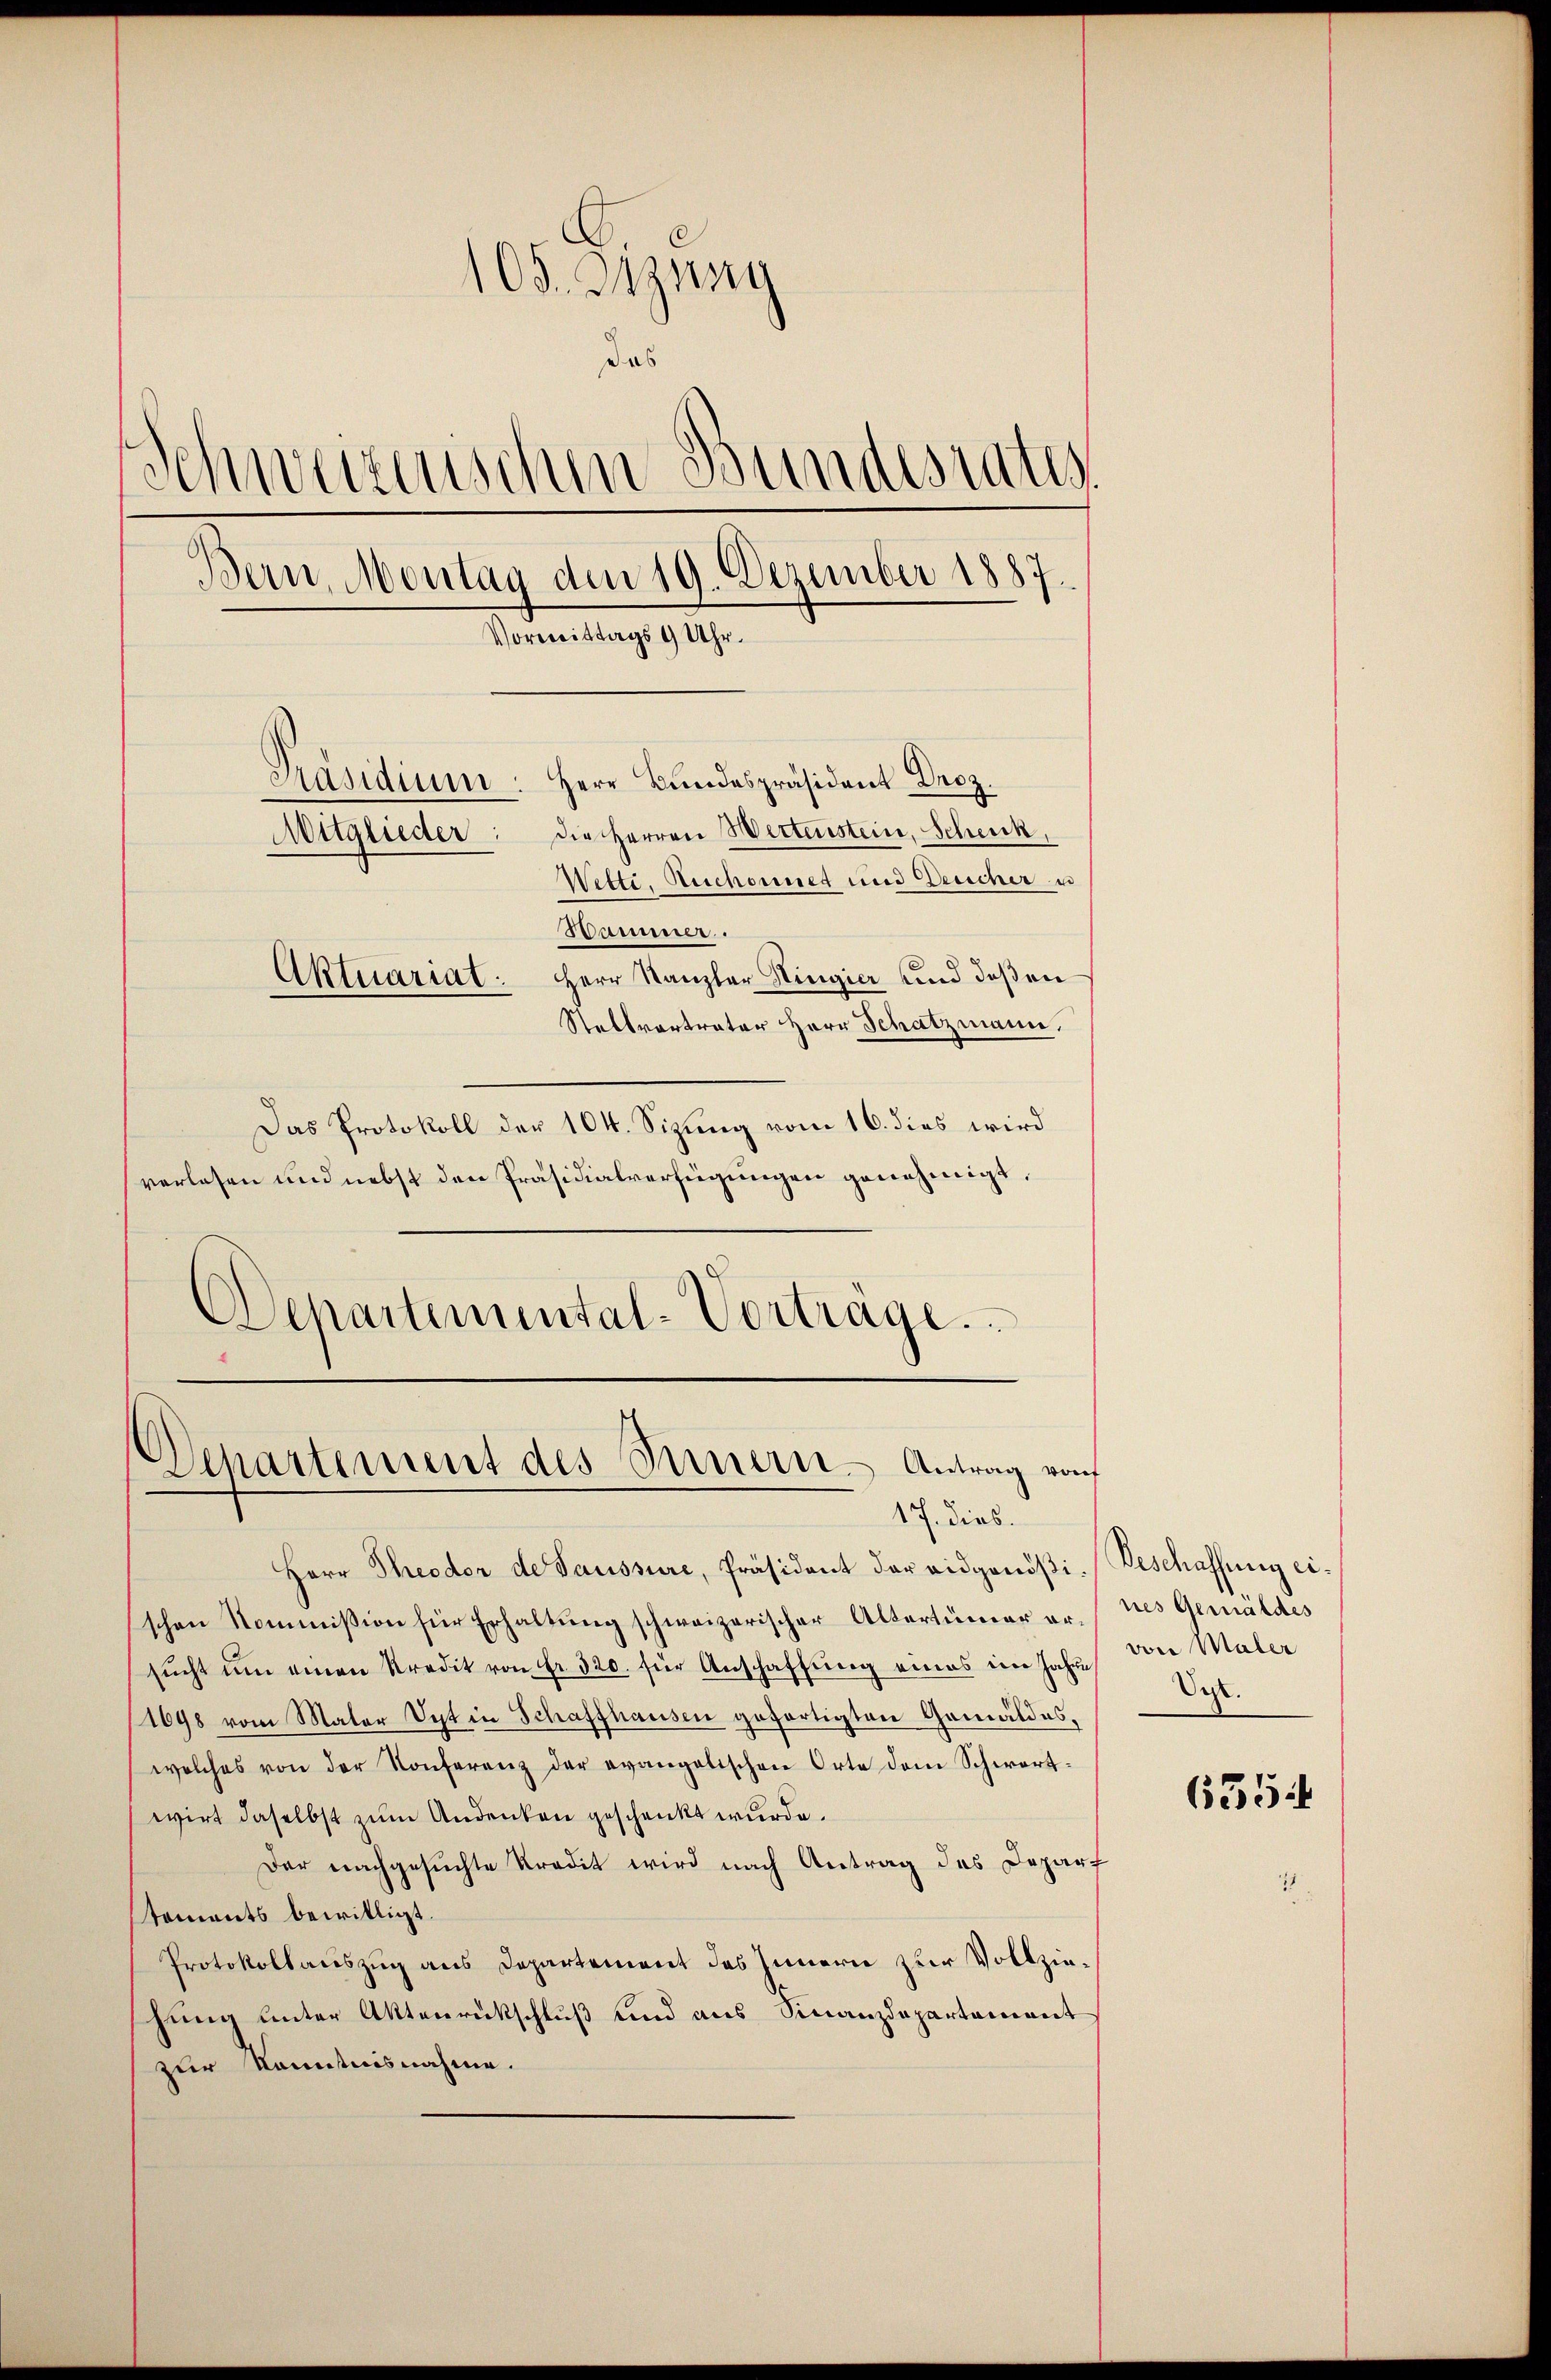
105. Zizung
das
Schweizerischen Bundesrates
Bern, Montag den 19. Dezember 1887.
Vormittags 9 Uhr.
Häsidium. Herr Bŭndespräsident Droz.
Mitglieder: die Herren Wertenstein, Schenk,
Wetti, Reschonnet und Deucher un
d
Hammer.
Aktuariat. Herr Kanzler Hingier und deßen
Staktvertrater Herr Schatzmann,

Das Protokoll der 104. Sizung vom 16. dies wird
verlesen und nebst den Präsidialverfügungen genehmigt,
Departemental-Vorträge.

Departement des Innern - Antrag von
17. dies.

Herr Theodor de Saussure, Präsident der eidgenößi-Beschaffung eischen Kommission für Erhaltung schweizerischer Altertümer ersŭcht ŭm einen Kredit von Fr. 320. für Anschaffŭng eines im Jahre
(1698 vom Mater Syt in Schaffhausen gefertigten Gemäldes,
welches von der Konferenz der evangelischen Orte dem Schwartwirt daselbst zum Andenken geschenkt wurde.
Der nachgesuchte Kredit wird nach Antrag des Depart
tements bewilligt.
Protokollauszug aus Departement des Innern zur Vollziehung unter Aktenrückschluß und aus Finanzdepartement
zur Kenntnisnahme.

nes Gemäldes
von Maler
Oct.

6354